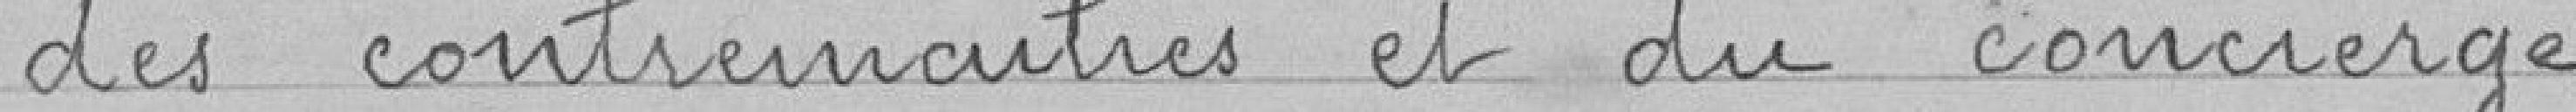
des contremaîtres et du concierge.